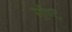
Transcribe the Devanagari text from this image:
गॉण्ट